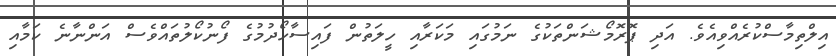
އިލްތިމާސްކުރެއްވިއެވެ. އަދި ޕޮރޮމޯޝަންތަކުގެ ނަމުގައި މަކަރާއި ހީލަތުން ފައިސާހޯދުމުގެ ފޯނުކޯލުތައްވެސް އަންނާނެ ކަމާއި